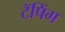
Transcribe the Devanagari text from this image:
टॅपिंग